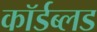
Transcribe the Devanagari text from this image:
कॉर्डब्लड